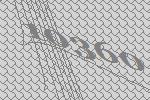
10360